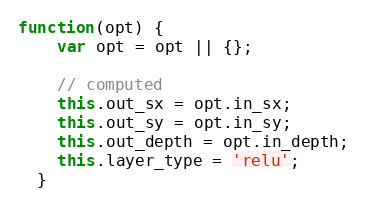
Language: JavaScript
function(opt) {
    var opt = opt || {};

    // computed
    this.out_sx = opt.in_sx;
    this.out_sy = opt.in_sy;
    this.out_depth = opt.in_depth;
    this.layer_type = 'relu';
  }